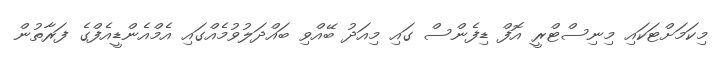
މިކަމަށްޓަކައި މިނިސްޓްރީ އޮފް ޑިފެންސް ގައި މިއަދު ބޭއްވި ބައްދަލުވުމެއްގައި އެމްއެންޑީއެފްގެ ފަރާތުން